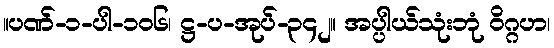
။ပဏ်-၁-ပါ-၁၀၆၊ ဋ္ဌ-ပ-အုပ်-၃၄၂။ အပ္ပါယ်သုံးဘုံ ဝိဂ္ဂဟ၊